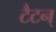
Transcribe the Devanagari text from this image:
टैटन्